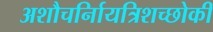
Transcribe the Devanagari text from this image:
अशौचर्निायत्रिशच्छोकी